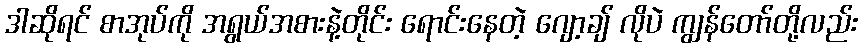
ဒါဆိုရင် စာအုပ်ကို အရွယ်အစားနဲ့တိုင်း ရောင်းနေတဲ့ ဂျော့ချ် လိုပဲ ကျွန်တော်တို့လည်း